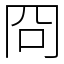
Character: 冏